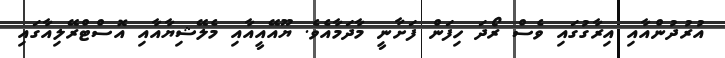
އުރުދުންއާއި އިރާގުގައި ވެސް ރޯދަ ހިފަން ފަށާނީ މާދަމާއެވެ. ޔޫއޭއީއާއި މެލޭޝިޔާއާއި އޮސްޓްރޭލިއާގައި